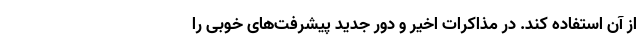
از آن استفاده کند. در مذاکرات اخیر و دور جدید پیشرفت‌های خوبی را